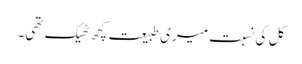
کل کی نسبت میری طبیعت کچھ ٹھیک تھی۔